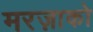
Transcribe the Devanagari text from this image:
मरज़ाको